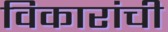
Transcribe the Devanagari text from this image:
विकारांची